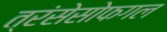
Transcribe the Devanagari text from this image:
त्रंसेसोफगल